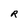
Character: R